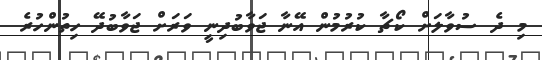
މި ދެ ސުވާލަށް ކޯޗާ ކުރުމުން އޭނާ ޖަވާބުދިނީ ވަރަށް ޖަވާބުދޭ ހިތުންހުރެ